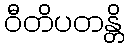
ဝီတိပတန္တိ